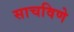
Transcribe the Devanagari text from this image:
साचविणे